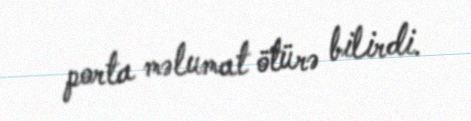
porta məlumat ötürə bilirdi.